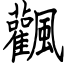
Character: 飌